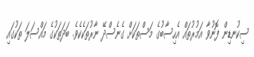
ސިކުނޑިން ފޮނުވާ އަމުރުތައް އެހިސާބުގެ މަސްތަކަށް ގެނެސްދޭ ނާރުތަކެކެވެ. ބަދަތަކުގެ މައްސަލަ ތަކުގައި